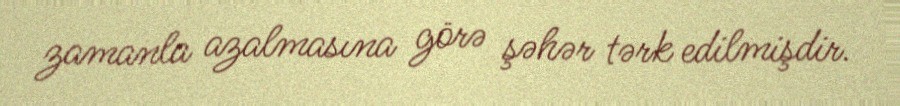
zamanla azalmasına görə şəhər tərk edilmişdir.